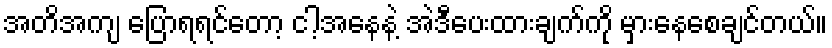
အတိအကျ ပြောရရင်တော့ ငါ့အနေနဲ့ အဲဒီပေးထားချက်ကို မှားနေစေချင်တယ်။